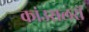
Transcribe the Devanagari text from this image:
कांउसलरों